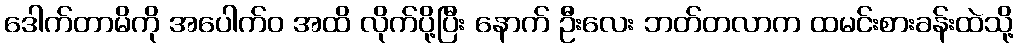
ဒေါက်တာမိကို အပေါက်ဝ အထိ လိုက်ပို့ပြီး နောက် ဦးလေး ဘတ်တလာက ထမင်းစားခန်းထဲသို့